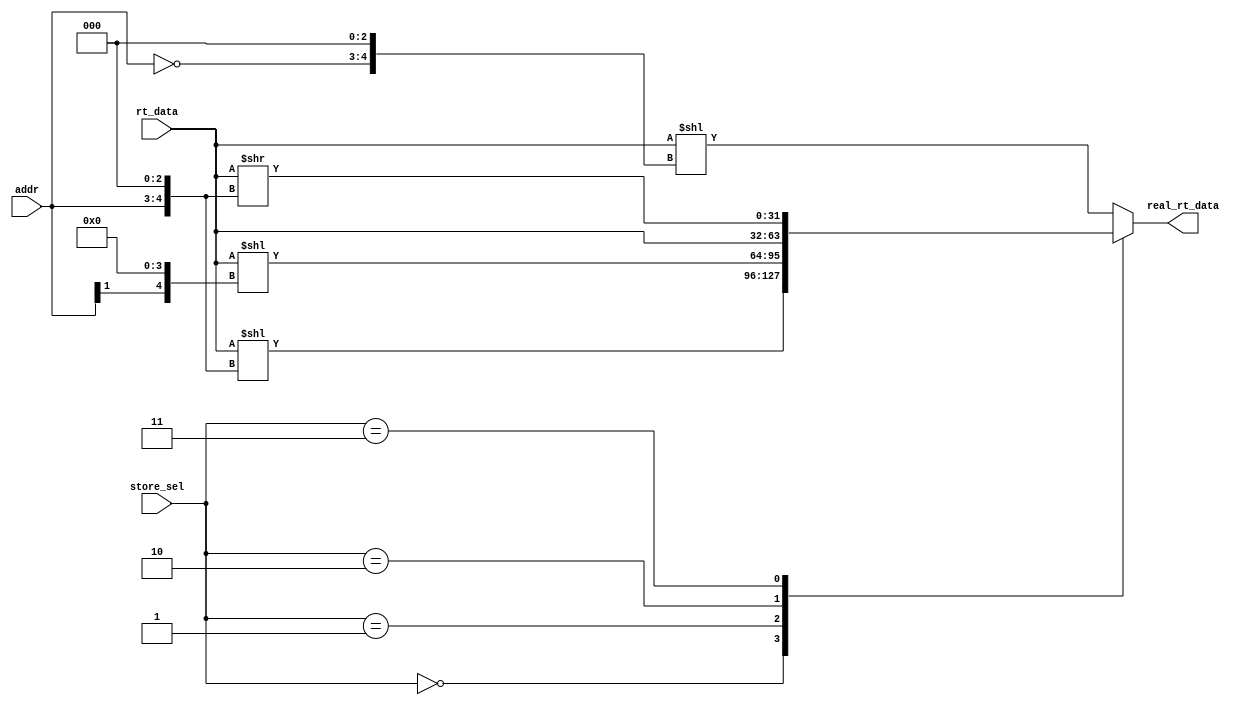
`timescale 1ns / 1ps

module store_shifter(
	input [1:0]addr,
	input [2:0]store_sel,
	input [31:0]rt_data,
	output [31:0]real_rt_data
);

reg [4:0] shamt;
reg [31:0] shift_mid;
reg [31:0] dout;

always @(*) begin
    case(store_sel)
        3'd0:begin
            shamt = addr << 3;
            dout = rt_data << shamt;
        end
        3'd1:begin
            shamt = addr[1] << 4;
            dout = rt_data << shamt;
        end
        3'd2:begin
            dout = rt_data ;
        end
        3'd3:begin
            shamt = addr << 3;
            dout = rt_data >> shamt;
        end
        default:begin
            shamt = (~addr) << 3;
            dout = rt_data << shamt;
        end
    endcase
end

assign real_rt_data = dout;

endmodule